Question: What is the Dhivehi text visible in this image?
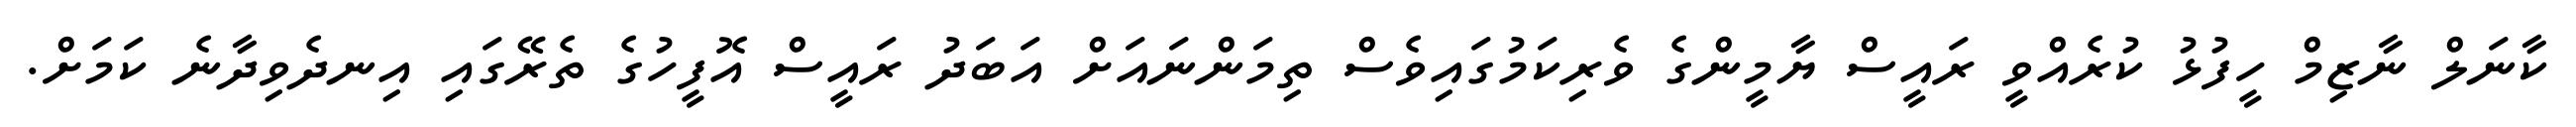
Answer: ކާނަލް ނާޒިމް ހީފުޅު ކުރެއްވީ ރައީސް ޔާމީންގެ ވެރިކަމުގައިވެސް ތިމަންނައަށް އަބަދު ރައީސް އޮފީހުގެ ތެރޭގައި އިނދެވިދާނެ ކަމަށް.